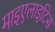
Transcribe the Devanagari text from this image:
माइएलाइटिस